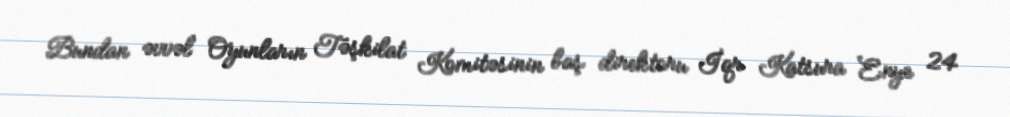
Bundan əvvəl Oyunların Təşkilat Komitəsinin baş direktoru İqr Katsura Enye 24